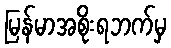
မြန်မာအစိုးရဘက်မှ